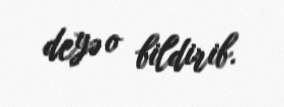
deyə o bildirib.